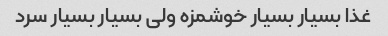
غذا بسیار بسیار خوشمزه ولی بسیار بسیار سرد